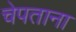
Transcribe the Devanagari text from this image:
चेपताना